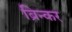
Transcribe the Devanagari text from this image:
ब्रिन्कर